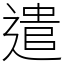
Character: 遣